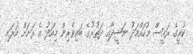
ކުރީގެ ރައީސް މުހައްމަދު ނަޝީދާއި ދަތުރުގެ ބައިވެރިން މިއަދު އެ ރަށަށް އަރައި